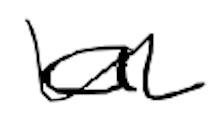
Text: a
Cross-out: wave
Writing tool: digital_black